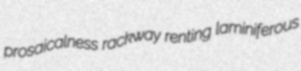
prosaicalness rackway renting laminiferous